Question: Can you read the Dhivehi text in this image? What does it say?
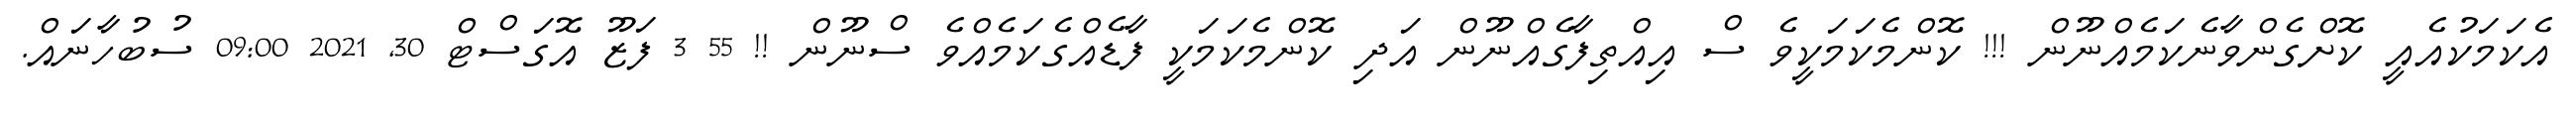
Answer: އެކަމަކުއެއީ ކޮށްގެންވާނެކަމެއްނޫން !!! ކޮންމެކަމަކީވެ ސް އިއްތިފާގެއްނޫން އަދި ކޮންމެކަމަކީ ފާޑެއްގެކަމެއްވެ ސްނޫން !! 55 3 ފަޒޫ އޮގަސްޓް 30, 2021 09:00 ސުބުހާނައް.